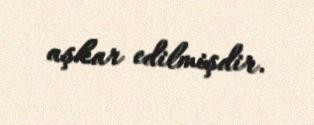
aşkar edilmişdir.